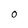
Character: 0